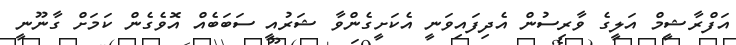
އަފްރާޝީމް އަލީގެ ވާރިސުން އެދިފައިވަނީ އެކަށީގެންވާ ޝަރުއީ ސަބަބެއް އޮވެގެން ކަމަށް ގާނޫނީ